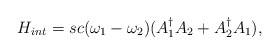
\begin{align*}H_{int}=sc(\omega_{1}-\omega_{2})(A_{1}^{\dag}A_{2} + A_{2}^{\dag}A_{1}),\end{align*}